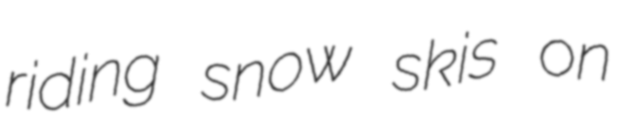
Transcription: riding snow skis on